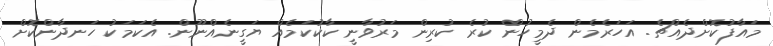
މައާފުކޮށްދެއްޗެ. އަހަރެމެން ދެމީހުން ކުރެ ކުރިން މަރުވާނީ ކާކުކަމެއް ޔަގީނެއްނޫން. އެކަމަކު ހަނދާންކޮށް